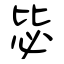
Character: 毖